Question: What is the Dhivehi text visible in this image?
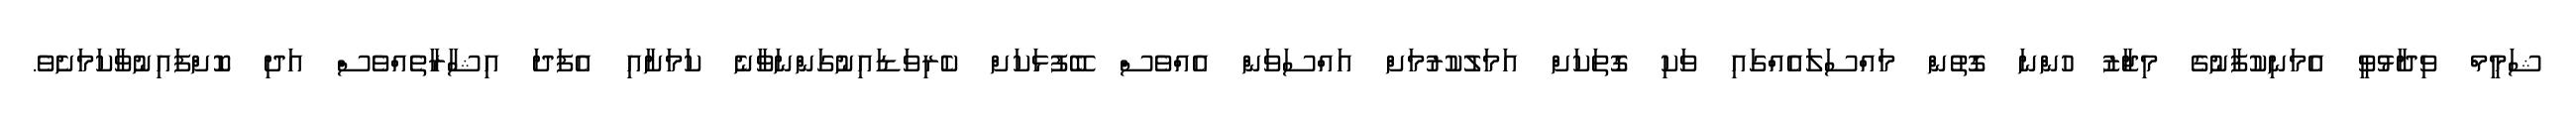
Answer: ޝަމީމް ވިދާޅުވީ އެމަނިކުފާނުގެ މިޖާޒު ހުންނަ ގޮތުން މައްސަލައެއްގައި ވަކި ގޮތަކަށް އަމަލުކުރުމަށް އައްސަވަން އެއްވެސް ބޭފުޅަކަށް ކެރިވަޑައިނުގަންނަވާނެ ކަމަށާއި އެފަދަ އިޝާރާތެއްވެސް އަދި ކޮށްފައިނުވާކަމަށެވެ.